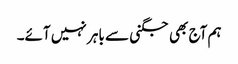
ہم آج بھی جگنی سے باہر نہیں آئے۔